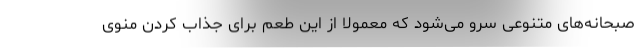
صبحانه‌های متنوعی سرو می‌شود که معمولا از این طعم برای جذاب کردن منوی